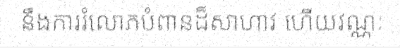
នឹងការរំលោភបំពានដ៏សាហាវ ហើយវណ្ណៈ